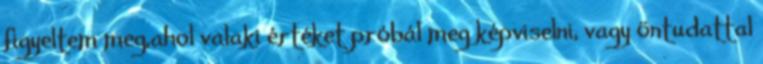
figyeltem meg,ahol valaki értéket próbál meg képviselni, vagy öntudattal